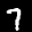
Label: 7